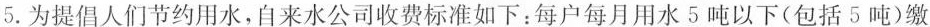
5.为提倡人们节约用水，自来水公司收费标准如下：每户每月用水5吨以下(包括5吨)缴